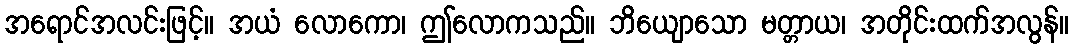
အရောင်အလင်းဖြင့်။ အယံ လောကော၊ ဤလောကသည်။ ဘိယျောသော မတ္တာယ၊ အတိုင်းထက်အလွန်။